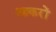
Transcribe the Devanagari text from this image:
आकरों